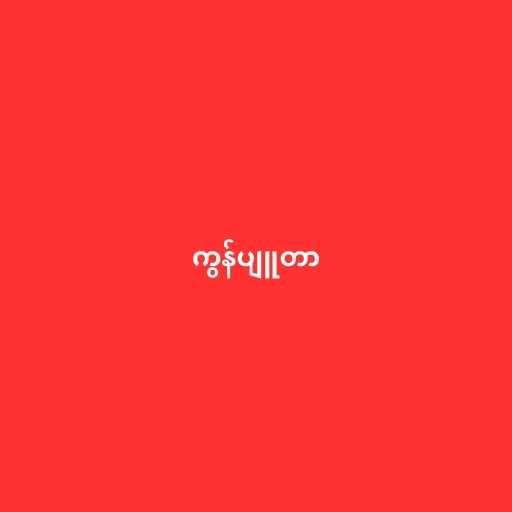
ကွန်ပျူတာ